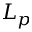
L _ { p }